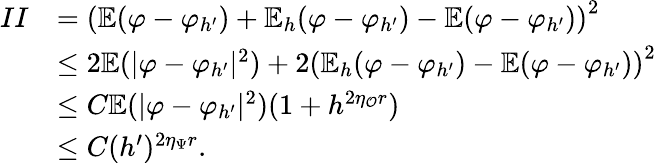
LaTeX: \begin{array}{rl}{II}&{=\left(\mathbb{E}(\varphi-\varphi_{h^{\prime}})+\mathbb{E}_{h}(\varphi-\varphi_{h^{\prime}})-\mathbb{E}(\varphi-\varphi_{h^{\prime}})\right)^{2}}\\ &{\le 2\mathbb{E}(|\varphi-\varphi_{h^{\prime}}|^{2})+2\left(\mathbb{E}_{h}(\varphi-\varphi_{h^{\prime}})-\mathbb{E}(\varphi-\varphi_{h^{\prime}})\right)^{2}}\\ &{\le C\mathbb{E}(|\varphi-\varphi_{h^{\prime}}|^{2})(1+h^{2\eta_{\mathcal{O}}r})}\\ &{\le C(h^{\prime})^{2\eta_{\Psi}r}.}\end{array}